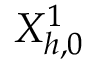
X _ { h , 0 } ^ { 1 }